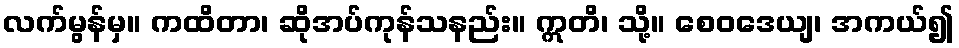
လက်မွန်မှ။ ကထိတာ၊ ဆိုအပ်ကုန်သနည်း။ ဣတိ၊ သို့။ စေဝဒေယျ၊ အကယ်၍